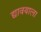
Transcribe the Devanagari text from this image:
द्यावयाला